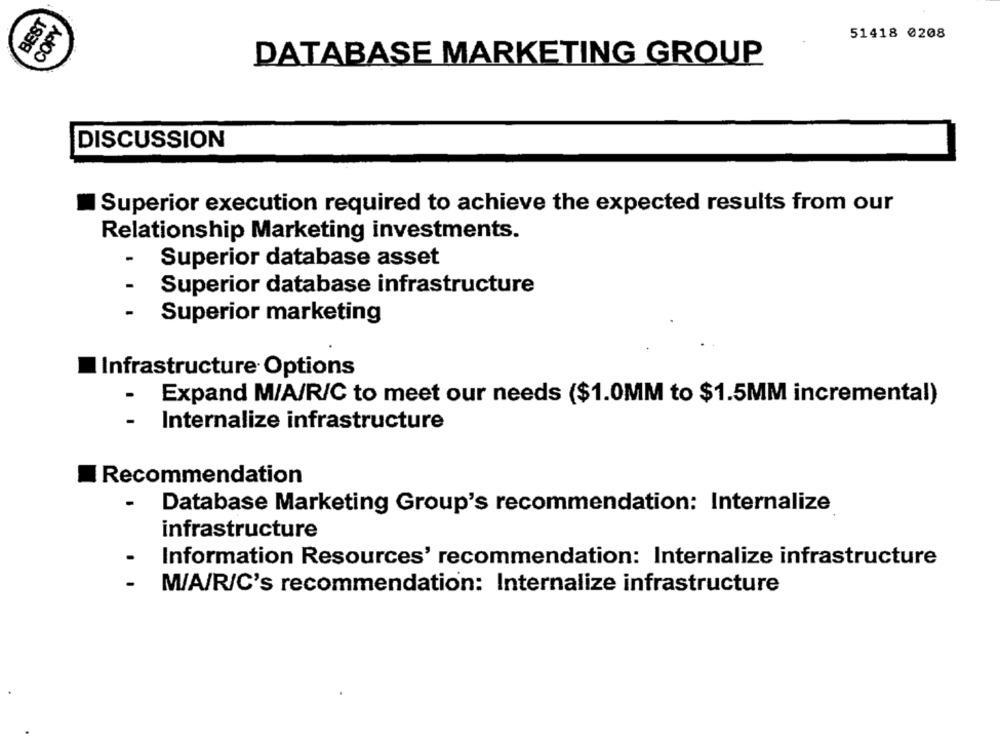
BEST
COPY
51418 0208
DATABASE MARKETING GROUP
DISCUSSION
Superior execution required to achieve the expected results from our
Relationship Marketing investments.
-
Superior database asset
Superior database infrastructure
-
Superior marketing
Infrastructure Options
Expand M/A/R/C to meet our needs ($1.0MM to $1.5MM incremental)
-
Internalize infrastructure
Recommendation
-
Database Marketing Group's recommendation: Internalize
infrastructure
Information Resources' recommendation: Internalize infrastructure
-
M/A/R/C's recommendation: Internalize infrastructure